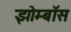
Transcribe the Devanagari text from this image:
झोम्बॉस